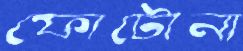
ফোটোনা